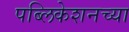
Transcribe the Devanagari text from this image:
पब्लिकेशनच्या